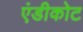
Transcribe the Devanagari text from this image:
एंडीकोट